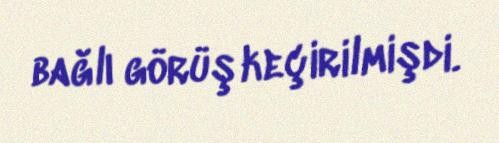
bağlı görüş keçirilmişdi.